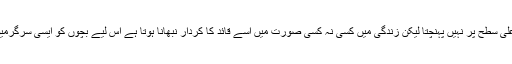
یہ بات اپنی جگہ درست کہ ہرایک بچہ مستقبل میں قیادت کی اعلیٰ سطح پر نہیں پہنچتا لیکن زندگی میں کسی نہ کسی صورت میں اسے قائد کا کردار نبھانا ہوتا ہے اس لیے بچوں کو ایسی سرگرمیوں کاحصہ لازمی بنایا جانا چاہیے جس میں ان کی دلچسپی ہو ۔